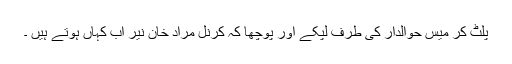
پلٹ کر میس حوالدار کی طرف لپکے اور پوچھا کہ کرنل مراد خان نیر اب کہاں ہوتے ہیں ۔